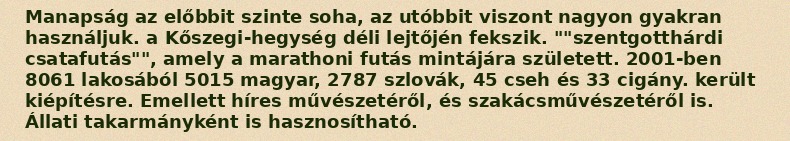
Manapság az előbbit szinte soha, az utóbbit viszont nagyon gyakran használjuk. a Kőszegi-hegység déli lejtőjén fekszik. ""szentgotthárdi csatafutás"", amely a marathoni futás mintájára született. 2001-ben 8061 lakosából 5015 magyar, 2787 szlovák, 45 cseh és 33 cigány. került kiépítésre. Emellett híres művészetéről, és szakácsművészetéről is. Állati takarmányként is hasznosítható.